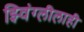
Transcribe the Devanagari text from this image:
झ्विंग्लीलाही